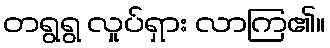
တရွရွ လှုပ်ရှား လာကြ၏။